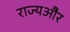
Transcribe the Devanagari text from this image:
राज्यऔर